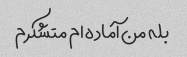
بله من آماده ام متشکرم